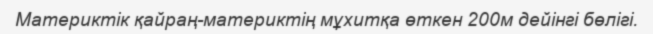
Материктік қайраң-материктің мұхитқа өткен 200м дейінгі бөлігі.